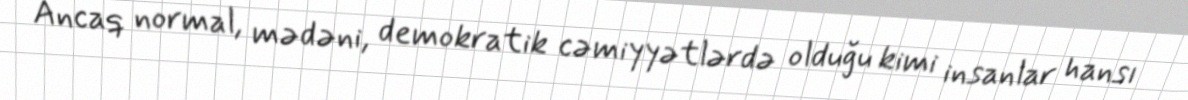
Ancaq normal, mədəni, demokratik cəmiyyətlərdə olduğu kimi insanlar hansı